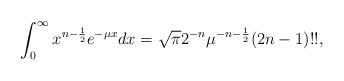
LaTeX: \begin{align*} \int_0^\infty { x^{n-\frac{1}{2}} {e^{ -\mu x}}dx}=\sqrt{\pi}2^{-n}\mu^{-n-\frac{1}{2}}(2n-1)!! ,\end{align*}